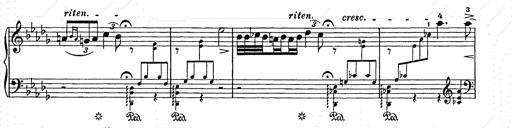
Title: Berceuse
Composer: Lucien Wurmser
Key: A major